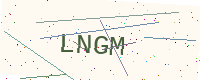
Text: LNGM